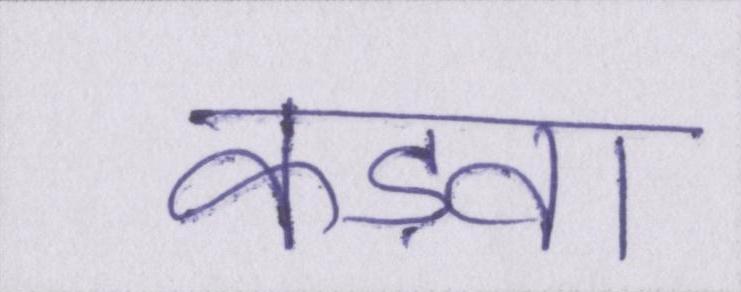
कड़वा